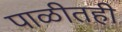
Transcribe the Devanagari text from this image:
पाळीतही